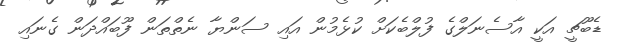
ޑެބޫޗީ އަކީ އާސެނަލްގެ ފުލްބެކަށް ކުޅެމުން އައި ސަންޔާ ނެތްތަން ފޫބައްދަން ގެނައި